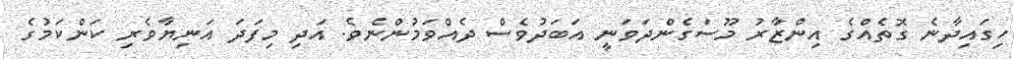
ހިގައިދާނެ ގޮތެއްގެ އިންޒާރު މޫސަގެންދަވަނީ އަބަދުވެސް ދެއްވަމުންނެވެ. އަދި މިފަދަ އަނިޔާވެރި ކަންކަމުގެ